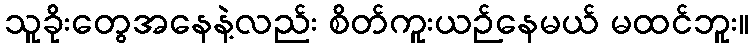
သူခိုးတွေအနေနဲ့လည်း စိတ်ကူးယဉ်နေမယ် မထင်ဘူး။